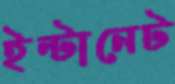
ইন্টানেট